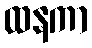
ထနကာ